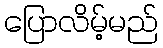
ပြောလိမ့်မည်